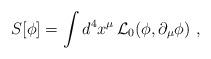
LaTeX: \begin{align*}S[\phi]=\int d^4x^\mu\,{\cal L}_0(\phi,\partial_\mu\phi)\ ,\end{align*}